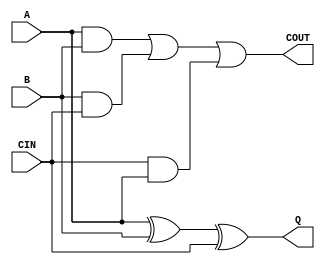
// full adder
module fulladd( A, B, CIN,  Q,  COUT );
input     A, B, CIN;
output   Q, COUT;
assign   Q = A ^ B ^ CIN;
assign   COUT = ( A & B ) | ( B & CIN ) | ( CIN & A ) ;
endmodule